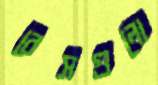
বেসগুলো